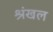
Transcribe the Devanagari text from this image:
श्रंखल